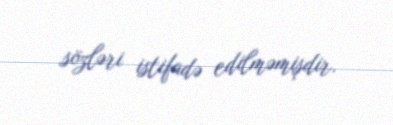
sözləri istifadə edilməmişdir.